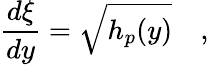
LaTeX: {\frac{d\xi}{dy}}=\sqrt{h_{p}(y)}\quad,